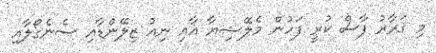
މި ޤަރާރު ފާސް ކުރީ ފަހުން މެލޭޝިޔާ އާއި ނިއު ޒިލޭންޑާއި ސެނެގޯލާއި